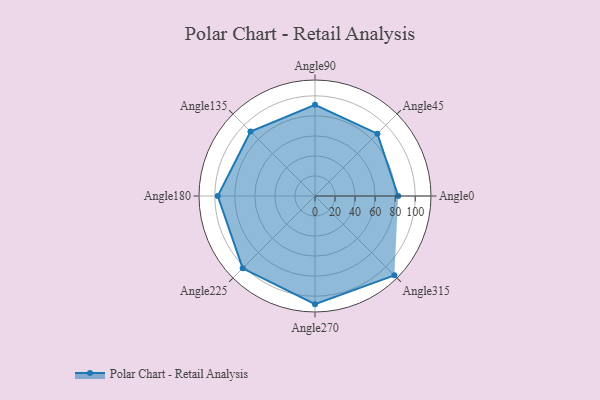
{"axis": {"x": "Angle", "y": "Radius"}, "legend": [""], "data": [{"x": "Angle0", "y": 83.0, "type": ""}, {"x": "Angle45", "y": 88.0, "type": ""}, {"x": "Angle90", "y": 91.0, "type": ""}, {"x": "Angle135", "y": 91.0, "type": ""}, {"x": "Angle180", "y": 97.0, "type": ""}, {"x": "Angle225", "y": 102.0, "type": ""}, {"x": "Angle270", "y": 108.0, "type": ""}, {"x": "Angle315", "y": 112.0, "type": ""}]}